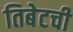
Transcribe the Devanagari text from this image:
तिबेटची